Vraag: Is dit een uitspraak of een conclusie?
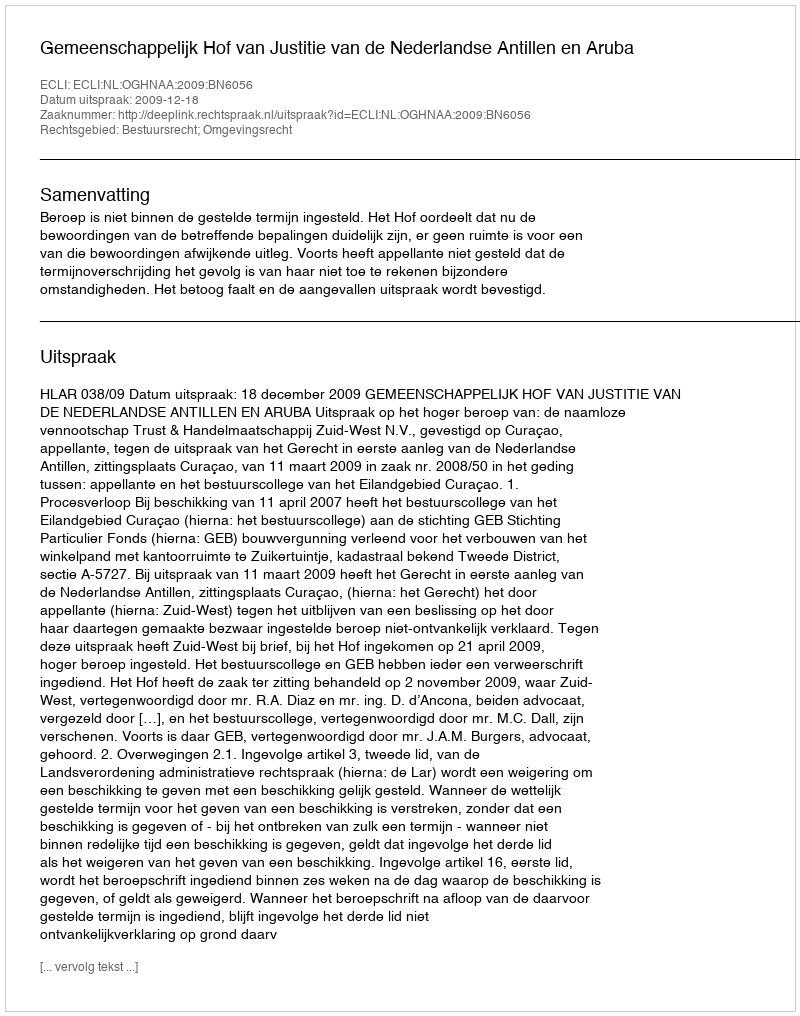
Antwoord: Uitspraak